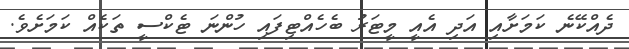
ދެއްކޭނެ ކަމަށާއި އަދި އެއީ މީޓަރު ބެހެއްޓިފައި ހުންނަ ޓެކްސީ ތަކެއް ކަމަށެވެ.